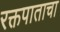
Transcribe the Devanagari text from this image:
रक्तपाताचा